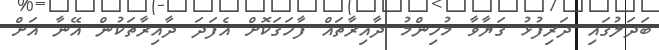
ބަދަލުގައި ދަރިފުޅު ގަޔާވާ މުހިންމު ދާއިރާތައް ފާހަގަކޮށް އެފަދަ ދާއިރާތަކުން އޭނާ އަށް